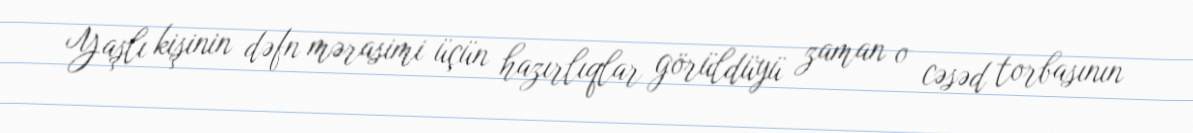
Yaşlı kişinin dəfn mərasimi üçün hazırlıqlar görüldüyü zaman o cəsəd torbasının